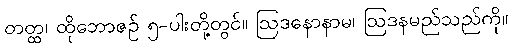
တတ္ထ၊ ထိုဘောဇဉ် ၅-ပါးတို့တွင်။ ဩဒနောနာမ၊ ဩဒနမည်သည်ကို။